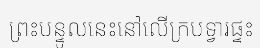
ព្រះបន្ទូលនេះនៅលើក្របទ្វារផ្ទះ